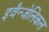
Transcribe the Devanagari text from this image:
इवैन्जेलिकल